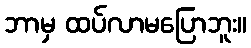
ဘာမှ ထပ်လာမပြောဘူး။